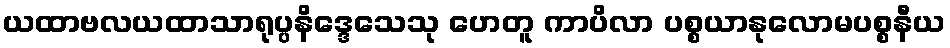
ယထာဗလယထာသာရုပ္ပနိဒ္ဒေသေသု ဟေတူ ကာပိလာ ပစ္စယာနုလောမပစ္စနီယ